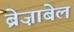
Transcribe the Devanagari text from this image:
ब्रेज़ाबेल